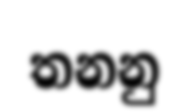
තනනු